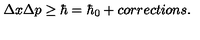
\Delta x \Delta p \ge \hbar = \hbar _ { 0 } + c o r r e c t i o n s .